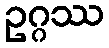
ဥဂ္ဂဿ